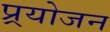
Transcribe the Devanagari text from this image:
प्र्रयोजन